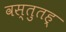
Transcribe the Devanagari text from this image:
वस्तुतह्